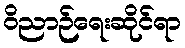
ဝိညာဉ်ရေးဆိုင်ရာ